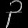
Digit: ၃